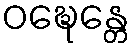
ဝဍ္ဎေန္တေ